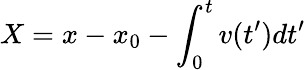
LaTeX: X=x-x_{0}-\int_{0}^{t}v(t^{\prime})dt^{\prime}